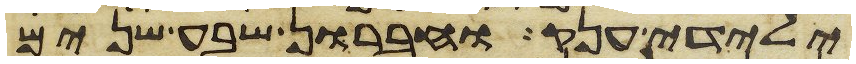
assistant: ילידי ענק וחברון שבע שנים